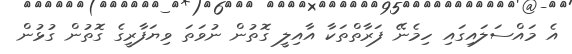
އެ މައްސަލައިގައި ހިމެނޭ ފަރާތްތަކާ އާއިލީ ގޮތުން ނުވަތަ ވިޔަފާރީގެ ގޮތުން ގުޅުން